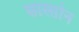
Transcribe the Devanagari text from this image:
सास्सोन